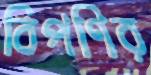
বিপণির